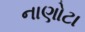
નાણોટા